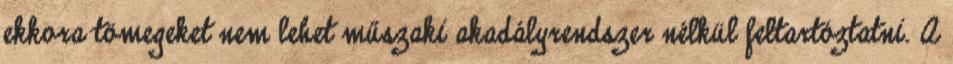
ekkora tömegeket nem lehet műszaki akadályrendszer nélkül feltartóztatni. A